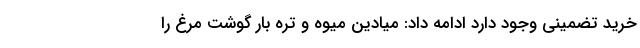
خرید تضمینی وجود دارد ادامه داد: میادین میوه و تره بار گوشت مرغ را